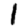
Digit: 1